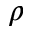
\rho